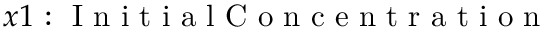
x 1 \mathrm { ~ : ~ I ~ n ~ i ~ t ~ i ~ a ~ l ~ C ~ o ~ n ~ c ~ e ~ n ~ t ~ r ~ a ~ t ~ i ~ o ~ n ~ }